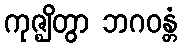
ကုဇ္ဈိတွာ ဘဂဝန္တံ